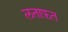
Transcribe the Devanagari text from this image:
लताफ़त